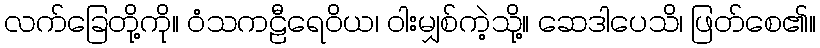
လက်ခြေတို့ကို။ ဝံသကဠီရေဝိယ၊ ဝါးမျှစ်ကဲ့သို့။ ဆေဒါပေသိ၊ ဖြတ်စေ၏။